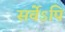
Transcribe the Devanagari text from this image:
सर्वेऽपि